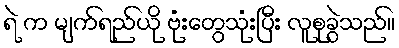
ရဲ က မျက်ရည်ယို ဗုံးတွေသုံးပြီး လူစုခွဲသည်။